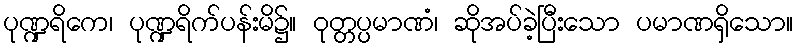
ပုဏ္ဍရိကေ၊ ပုဏ္ဍရိက်ပန်းမိ၌။ ဝုတ္တပ္ပမာဏံ၊ ဆိုအပ်ခဲ့ပြီးသော ပမာဏရှိသော။